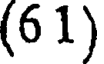
(6 1)